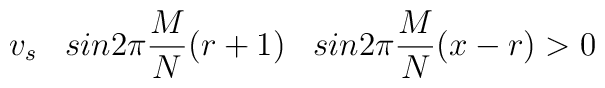
v_s \;\;\; sin 2 \pi \frac{M}{N} (r+1) \;\; \;sin 2 \pi \frac{M}{N} (x -r)> 0